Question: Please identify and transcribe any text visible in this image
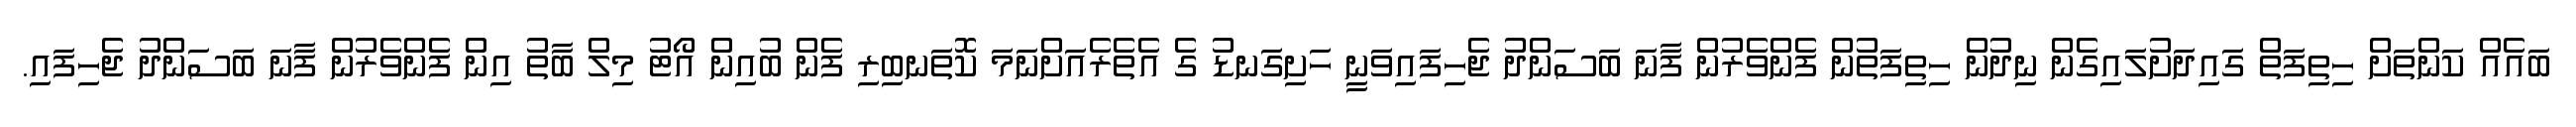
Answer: ބައެއް ކަންތަށް ހިތިފަތް ގައިދަށުލައިގެން ނިދުން ހިތިފަތުން ފެންވެރުން ފާނަ ބަސަންދު ޖެހިފައިވަނީ ހަށިގަނޑު ގެ އެތެރެއަށްނަމަ ކޮތަނބިރި ފެން ބުއިން އޯޓު މިލް ބާތު އިން ފެންވެރުން ފާނަ ބަސަންދު ޖެހިފައި.